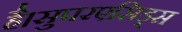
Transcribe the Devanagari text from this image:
है।सुपरएसिड्स